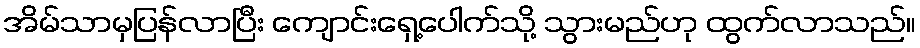
အိမ်သာမှပြန်လာပြီး ကျောင်းရှေ့ပေါက်သို့ သွားမည်ဟု ထွက်လာသည်။